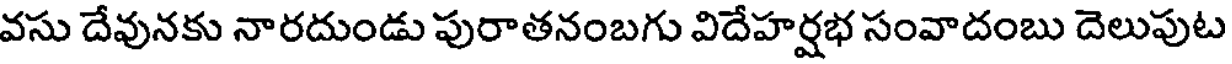
వసు దేవునకు నారదుండు పురాతనంబగు విదేహర్షభ సంవాదంబు దెలుపుట